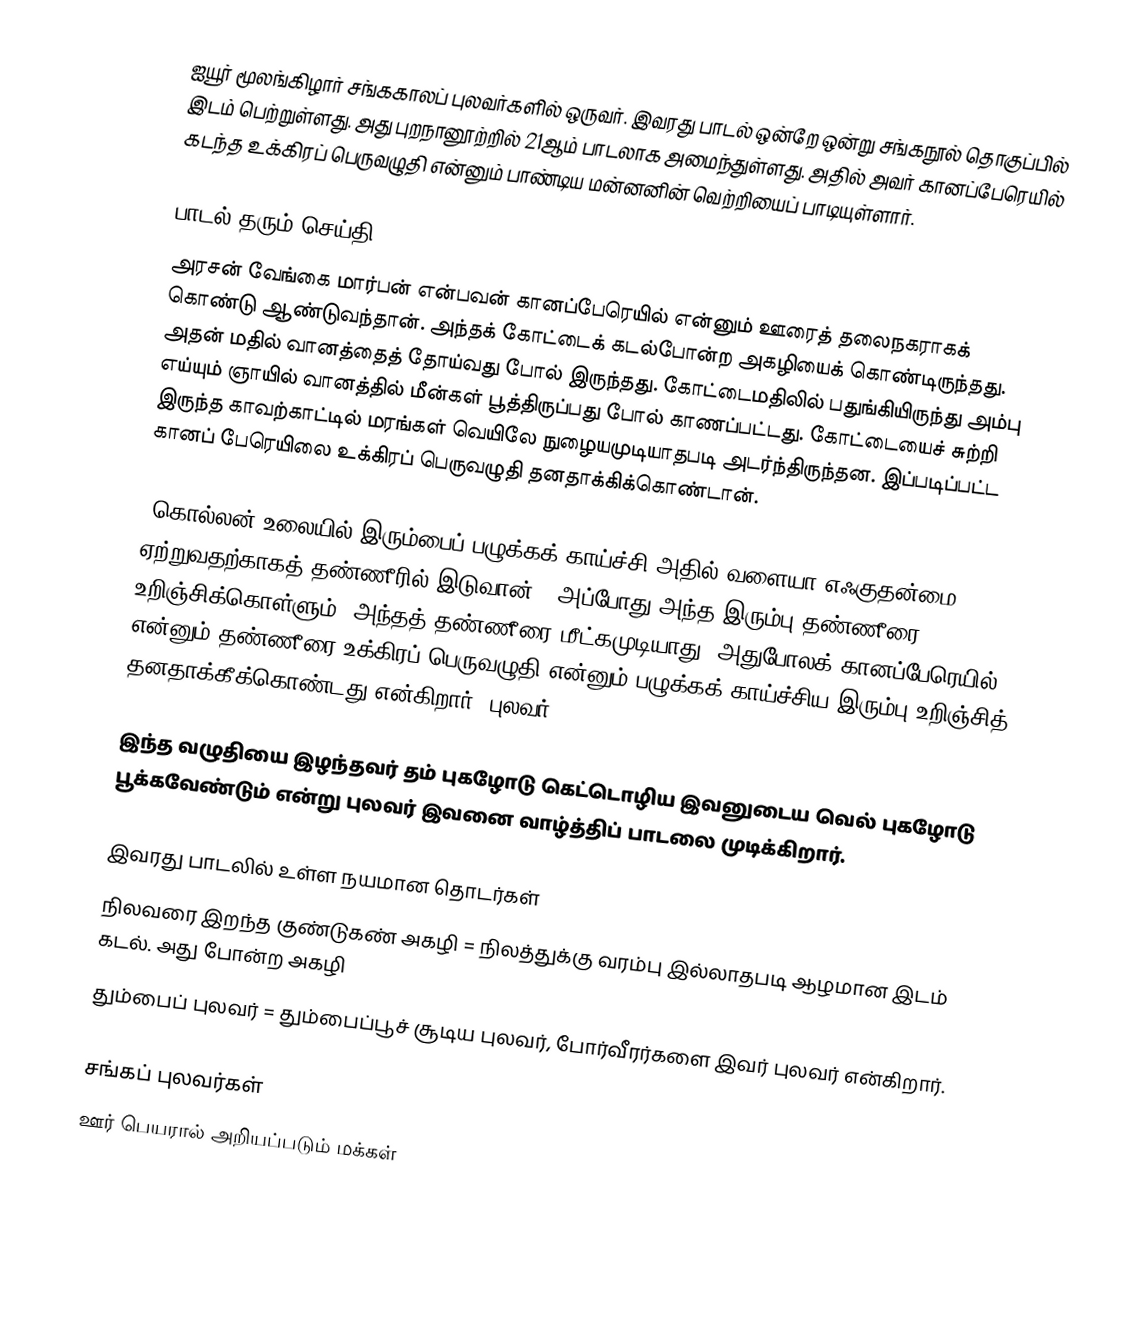
ஐயூர் மூலங்கிழார் சங்ககாலப் புலவர்களில் ஒருவர். இவரது பாடல் ஒன்றே ஒன்று சங்கநூல் தொகுப்பில் இடம் பெற்றுள்ளது. அது புறநானூற்றில் 21ஆம் பாடலாக அமைந்துள்ளது. அதில் அவர் கானப்பேரெயில் கடந்த உக்கிரப் பெருவழுதி என்னும் பாண்டிய மன்னனின் வெற்றியைப் பாடியுள்ளார்.

பாடல் தரும் செய்தி
அரசன் வேங்கை மார்பன் என்பவன் கானப்பேரெயில் என்னும் ஊரைத் தலைநகராகக் கொண்டு ஆண்டுவந்தான். அந்தக் கோட்டைக்  கடல்போன்ற அகழியைக் கொண்டிருந்தது. அதன் மதில் வானத்தைத் தோய்வது போல் இருந்தது. கோட்டைமதிலில் பதுங்கியிருந்து அம்பு எய்யும் ஞாயில் வானத்தில் மீன்கள் பூத்திருப்பது போல் காணப்பட்டது. கோட்டையைச் சுற்றி இருந்த காவற்காட்டில் மரங்கள் வெயிலே நுழையமுடியாதபடி அடர்ந்திருந்தன. இப்படிப்பட்ட கானப் பேரெயிலை உக்கிரப் பெருவழுதி தனதாக்கிக்கொண்டான்.

(கொல்லன் உலையில் இரும்பைப் பழுக்கக் காய்ச்சி அதில் வளையா எஃகுதன்மை ஏற்றுவதற்காகத் தண்ணீரில் இடுவான்.) அப்போது அந்த இரும்பு தண்ணீரை உறிஞ்சிக்கொள்ளும். அந்தத் தண்ணீரை மீட்கமுடியாது. அதுபோலக் கானப்பேரெயில் என்னும் தண்ணீரை உக்கிரப் பெருவழுதி என்னும் பழுக்கக் காய்ச்சிய இரும்பு உறிஞ்சித் தனதாக்கீக்கொண்டது என்கிறார், புலவர்.

இந்த வழுதியை இழந்தவர் தம் புகழோடு கெட்டொழிய இவனுடைய வெல் புகழோடு பூக்கவேண்டும் என்று புலவர் இவனை வாழ்த்திப் பாடலை முடிக்கிறார்.

இவரது பாடலில் உள்ள நயமான தொடர்கள்
நிலவரை இறந்த குண்டுகண் அகழி = நிலத்துக்கு வரம்பு இல்லாதபடி ஆழமான இடம் கடல். அது போன்ற அகழி
தும்பைப் புலவர் = தும்பைப்பூச் சூடிய புலவர், போர்வீரர்களை இவர் புலவர் என்கிறார்.

சங்கப் புலவர்கள்
ஊர் பெயரால் அறியப்படும் மக்கள்